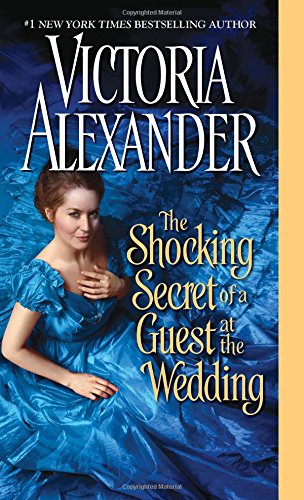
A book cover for The Shocking Secret of a Guest at the Wedding; Victoria Alexander; Romance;